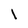
Character: I